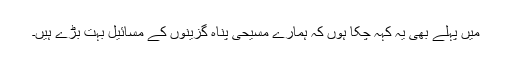
میں پہلے بھی یہ کہہ چکا ہوں کہ ہمارے مسیحی پناہ گزینوں کے مسائیل بہت بڑے ہیں۔